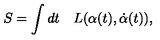
S = \int d t \quad L ( \alpha ( t ) , \dot { \alpha } ( t ) ) ,